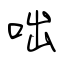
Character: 咄